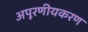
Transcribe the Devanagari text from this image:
अपूरणीयकरण